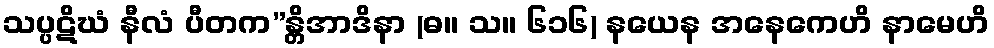
သပ္ပဋိဃံ နီလံ ပီတက”န္တိအာဒိနာ (ဓ။ သ။ ၆၁၆) နယေန အနေကေဟိ နာမေဟိ